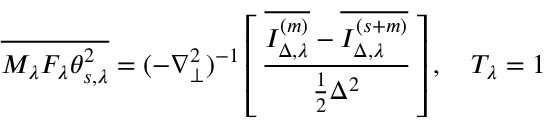
\overline { { M _ { \lambda } F _ { \lambda } \theta _ { s , \lambda } ^ { 2 } } } = ( - \nabla _ { \perp } ^ { 2 } ) ^ { - 1 } \left[ \, \frac { \overline { { I _ { \Delta , \lambda } ^ { ( m ) } } } - \overline { { I _ { \Delta , \lambda } ^ { ( s + m ) } } } } { \frac { 1 } { 2 } \Delta ^ { 2 } } \, \right] , \quad T _ { \lambda } = 1